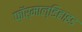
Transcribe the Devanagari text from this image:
फ़ॉर्माल्डिहाइड